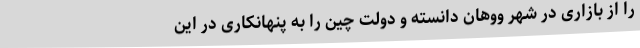
را از بازاری در شهر ووهان دانسته و دولت چین را به پنهانکاری در این